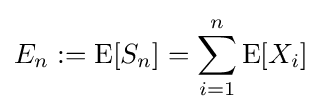
E_{n}:=\operatorname {E} [S_{n}]=\sum _{i=1}^{n}\operatorname {E} [X_{i}]